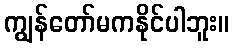
ကျွန်တော်မကနိုင်ပါဘူး။